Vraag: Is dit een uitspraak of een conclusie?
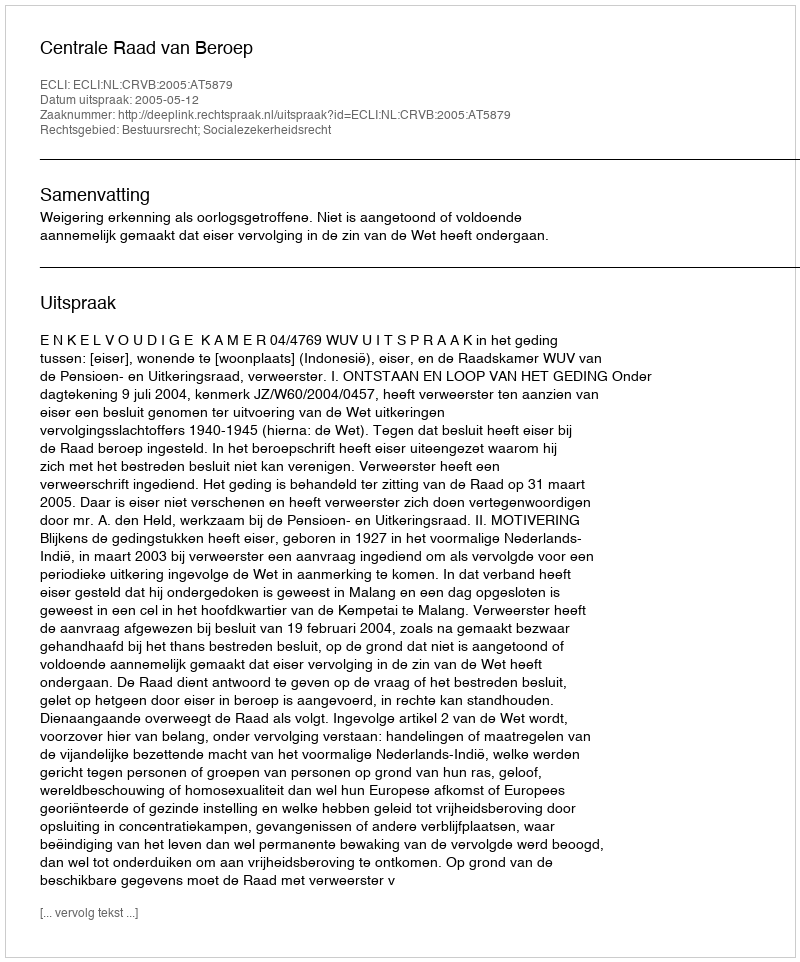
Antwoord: Uitspraak